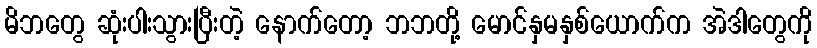
မိဘတွေ ဆုံးပါးသွားပြီးတဲ့ နောက်တော့ ဘဘတို့ မောင်နှမနှစ်ယောက်က အဲဒါတွေကို